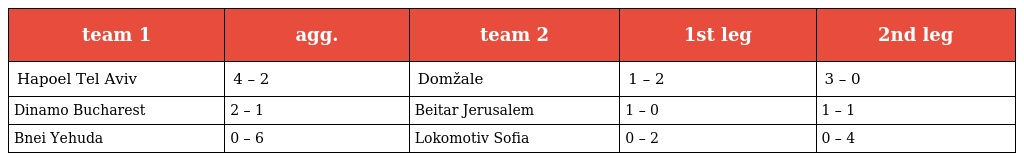
| team 1 | agg. | team 2 | 1st leg | 2nd leg |
 | --- | --- | --- | --- | --- |
 | Hapoel Tel Aviv | 4 – 2 | Domžale | 1 – 2 | 3 – 0 |
 | Dinamo Bucharest | 2 – 1 | Beitar Jerusalem | 1 – 0 | 1 – 1 |
 | Bnei Yehuda | 0 – 6 | Lokomotiv Sofia | 0 – 2 | 0 – 4 |